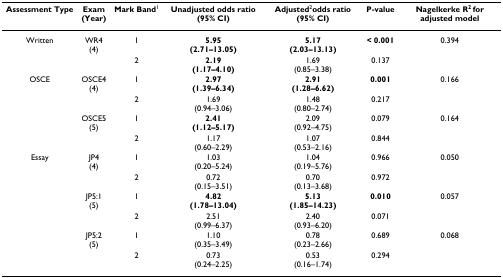
<table><thead><tr><td><b>Assessment Type</b></td><td><b>Exam(Year)</b></td><td><b>Mark Band<sup>1</sup></b></td><td><b>Unadjusted odds ratio (95% CI)</b></td><td><b>Adjusted<sup>2</sup>odds ratio (95% CI)</b></td><td><b>P-value</b></td><td><b>Nagelkerke R<sup>2 </sup>for adjusted model</b></td></tr></thead><tbody><tr><td>Written</td><td>WR4(4)</td><td>1</td><td><b>5.95</b><b>(2.71–13.05)</b></td><td><b>5.17</b><b>(2.03–13.13)</b></td><td><b>&lt; 0.001</b></td><td>0.394</td></tr><tr><td></td><td></td><td>2</td><td><b>2.19</b><b>(1.17–4.10)</b></td><td>1.69(0.85–3.38)</td><td>0.137</td><td></td></tr><tr><td>OSCE</td><td>OSCE4(4)</td><td>1</td><td><b>2.97</b><b>(1.39–6.34)</b></td><td><b>2.91</b><b>(1.28–6.62)</b></td><td><b>0.001</b></td><td>0.166</td></tr><tr><td></td><td></td><td>2</td><td>1.69(0.94–3.06)</td><td>1.48(0.80–2.74)</td><td>0.217</td><td></td></tr><tr><td></td><td>OSCE5(5)</td><td>1</td><td><b>2.41</b><b>(1.12–5.17)</b></td><td>2.09(0.92–4.75)</td><td>0.079</td><td>0.164</td></tr><tr><td></td><td></td><td>2</td><td>1.17(0.60–2.29)</td><td>1.07(0.53–2.16)</td><td>0.844</td><td></td></tr><tr><td>Essay</td><td>JP4(4)</td><td>1</td><td>1.03(0.20–5.24)</td><td>1.04(0.19–5.76)</td><td>0.966</td><td>0.050</td></tr><tr><td></td><td></td><td>2</td><td>0.72(0.15–3.51)</td><td>0.70(0.13–3.68)</td><td>0.972</td><td></td></tr><tr><td></td><td>JP5:1(5)</td><td>1</td><td><b>4.82</b><b>(1.78–13.04)</b></td><td><b>5.13</b><b>(1.85–14.23)</b></td><td><b>0.010</b></td><td>0.057</td></tr><tr><td></td><td></td><td>2</td><td>2.51(0.99–6.37)</td><td>2.40(0.93–6.20)</td><td>0.071</td><td></td></tr><tr><td></td><td>JP5:2(5)</td><td>1</td><td>1.10(0.35–3.49)</td><td>0.78(0.23–2.66)</td><td>0.689</td><td>0.068</td></tr><tr><td></td><td></td><td>2</td><td>0.73(0.24–2.25)</td><td>0.53(0.16–1.74)</td><td>0.294</td><td></td></tr></tbody></table>